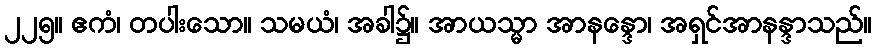
၂၂၅။ ဧကံ၊ တပါးသော။ သမယံ၊ အခါ၌။ အာယသ္မာ အာနန္ဒော၊ အရှင်အာနန္ဒာသည်။